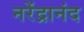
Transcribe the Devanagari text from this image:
नरेंद्रानंद